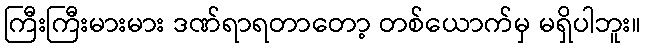
ကြီးကြီးမားမား ဒဏ်ရာရတာတော့ တစ်ယောက်မှ မရှိပါဘူး။